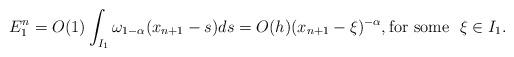
LaTeX: \begin{align*}E^n_1 &= O(1)\int_{I_1} {\omega_{1-\alpha}}(x_{n+1}-s)ds = O(h)(x_{n+1}-\xi)^{-\alpha},{\rm for~ some}~~ \xi \in I_1.\end{align*}